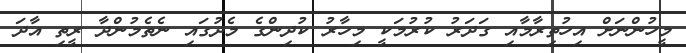
މީހުންނަށް އިހުތިރާމާއި ގަދަރު ކުރުމަކީ މިހާރު ކުދިންގެ މެދުގައި ނެތެމުންދާ ރީތި އާދަ